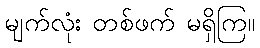
မျက်လုံး တစ်ဖက် မရှိကြ။